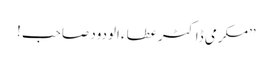
’’مکرمی ڈاکٹر عطاء الودود صاحب !